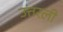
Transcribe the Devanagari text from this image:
उत्तरली